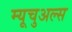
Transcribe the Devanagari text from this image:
म्यूचुअल्स